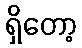
ရှိတော့